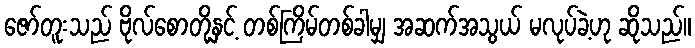
ဇော်တူးသည် ဗိုလ်စောတို့နှင့် တစ်ကြိမ်တစ်ခါမျှ အဆက်အသွယ် မလုပ်ခဲ့ဟု ဆိုသည်။